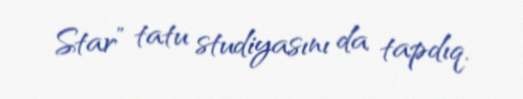
Star” tatu studiyasını da tapdıq.